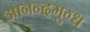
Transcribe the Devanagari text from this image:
आनन्दमुग्ध